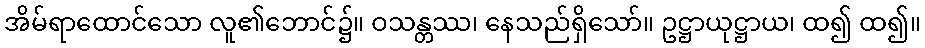
အိမ်ရာထောင်သော လူ၏ဘောင်၌။ ဝသန္တဿ၊ နေသည်ရှိသော်။ ဥဋ္ဌာယုဋ္ဌာယ၊ ထ၍ ထ၍။